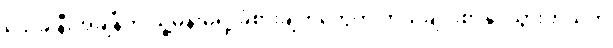
သေခါနီးအချိန်က သူ့မိန်းမရဲ့ ခံစားချက်တွေကို ကိုယ်ချင်းစာနိုင်သွားတယ်တဲ့